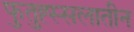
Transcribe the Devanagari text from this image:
फुतुह्स्सलातीन